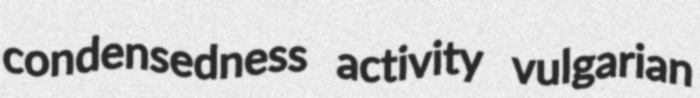
condensedness activity vulgarian